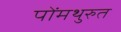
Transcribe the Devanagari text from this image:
पोंमथुरुत